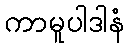
ကာမူပါဒါနံ